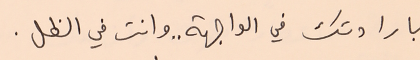
بارادتك في الواجهة .. وانت في الظل.